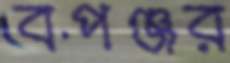
বপঞ্জর